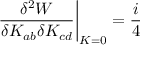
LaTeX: \left. \frac { \delta ^ { 2 } W } { \delta K _ { a b } \delta K _ { c d } } \right| _ { K = 0 } = \frac i 4